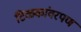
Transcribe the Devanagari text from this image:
टिळकांवरपण